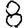
Digit: 8